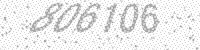
Solution: 806106